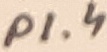
Text: P1.4